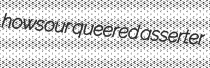
howsour queered asserter